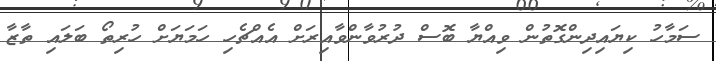
ސަމާހު ކިޔައިދިންގޮތުން ވިއްޔާ ބޮސް ދުރުވާންވާއިރަށް އެއްޗެހި ހަމަޔަށް ހުރިތޯ ބަލައި ތާޒާ